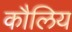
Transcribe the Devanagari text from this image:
कौलिय